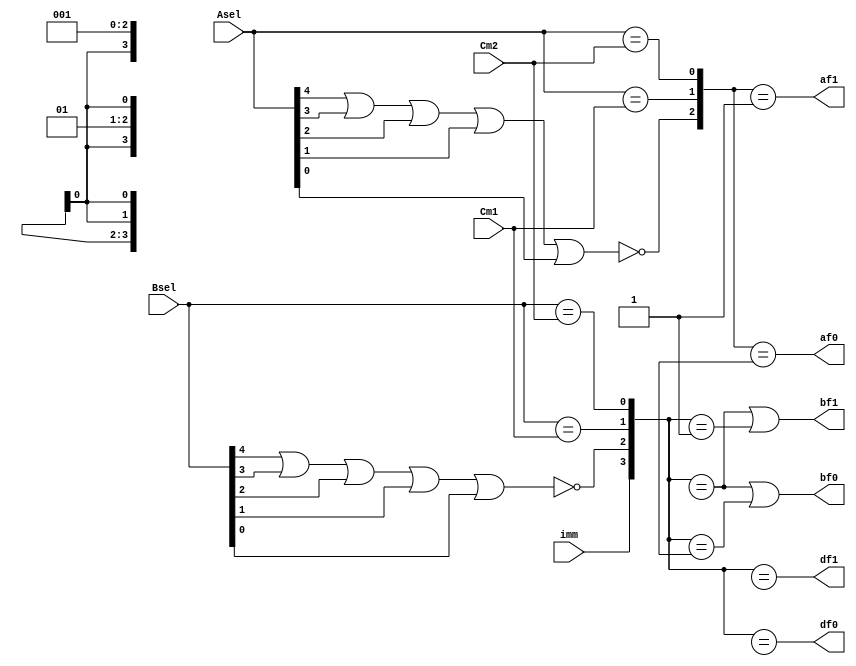
module Fwd_PLA(
    input [4:0] Asel,
    input [4:0] Bsel,
    input [4:0] Cm1,
    input [4:0] Cm2,
    input wire imm,
    output af0,
    output af1,
    output bf0,
    output bf1,
    output df0,
    output df1
    );
	 
	 // ForwardA PLA
	 wire [2:0]InA;
	 
	 assign InA[1:0] = {Asel == Cm1,Asel == Cm2};
	 nor(InA[2],Asel[4],Asel[3],Asel[2],Asel[1],Asel[0]);
	 
	 assign af1= InA == 3'b001;
	 assign af0= InA == 3'b01X;
	 
	 // ForwardB PLA
	 wire [3:0]InB;
	 
	 assign {InB[3],InB[1:0]}={imm,Bsel == Cm1,Bsel == Cm2};
	 nor(InB[2],Bsel[4],Bsel[3],Bsel[2],Bsel[1],Bsel[0]);
	 
	 assign bf0=   (InB == 4'b1XXX) ||
						(InB == 4'b001X);
						
	 assign bf1 =  (InB == 4'b1XXX) ||
						(InB == 4'b0001);
						
	 assign df0=    InB == 4'bX01X;
	 assign df1=    InB == 4'bX001;
	 
endmodule